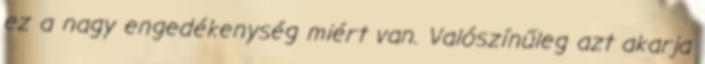
ez a nagy engedékenység miért van. Valószínűleg azt akarja